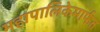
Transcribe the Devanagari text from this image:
महापालिकेमार्फत